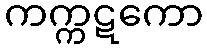
ကက္ကဋကော